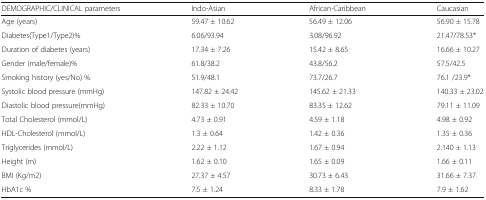
<table><thead><tr><td><b>DEMOGRAPHIC/CLINICAL parameters</b></td><td><b>Indo-Asian</b></td><td><b>African-Caribbean</b></td><td><b>Caucasian</b></td></tr></thead><tbody><tr><td>Age (years)</td><td>59.47 ± 10.62</td><td>56.49 ± 12.06</td><td>56.90 ± 15.78</td></tr><tr><td>Diabetes(Type1/Type2)%</td><td>6.06/93.94</td><td>3.08/96.92</td><td>21.47/78.53*</td></tr><tr><td>Duration of diabetes (years)</td><td>17.34 ± 7.26</td><td>15.42 ± 8.65</td><td>16.66 ± 10.27</td></tr><tr><td>Gender (male/female)%</td><td>61.8/38.2</td><td>43.8/56.2</td><td>57.5/42.5</td></tr><tr><td>Smoking history (yes/No) %</td><td>51.9/48.1</td><td>73.7/26.7</td><td>76.1 /23.9*</td></tr><tr><td>Systolic blood pressure (mmHg)</td><td>147.82 ± 24.42</td><td>145.62 ± 21.33</td><td>140.33 ± 23.02</td></tr><tr><td>Diastolic blood pressure(mmHg)</td><td>82.33 ± 10.70</td><td>83.35 ± 12.62</td><td>79.11 ± 11.09</td></tr><tr><td>Total Cholesterol (mmol/L)</td><td>4.73 ± 0.91</td><td>4.59 ± 1.18</td><td>4.98 ± 0.92</td></tr><tr><td>HDL-Cholesterol (mmol/L)</td><td>1.3 ± 0.64</td><td>1.42 ± 0.36</td><td>1.35 ± 0.36</td></tr><tr><td>Triglycerides (mmol/L)</td><td>2.22 ± 1.12</td><td>1.67 ± 0.94</td><td>2.140 ± 1.13</td></tr><tr><td>Height (m)</td><td>1.62 ± 0.10</td><td>1.65 ± 0.09</td><td>1.66 ± 0.11</td></tr><tr><td>BMI (Kg/m2)</td><td>27.37 ± 4.57</td><td>30.73 ± 6.43</td><td>31.66 ± 7.37</td></tr><tr><td>HbA1c %</td><td>7.5 ± 1.24</td><td>8.33 ± 1.78</td><td>7.9 ± 1.62</td></tr></tbody></table>